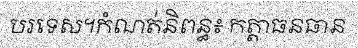
បរទេស។កំណត់និពន្ធ៖ កត្តាធនធាន